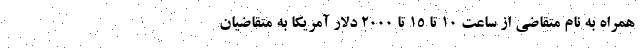
همراه به نام متقاضی از ساعت ۱۰ تا ۱۵ تا ۲۰۰۰ دلار آمریکا به متقاضیان